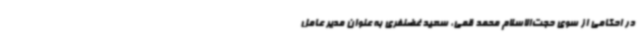
در احکامی از سوی حجت‌الاسلام محمد قمی، سعید غضنفری به عنوان مدیر عامل